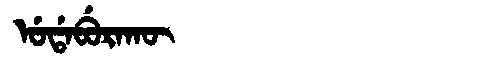
Manchu: ᡠᡩᠠᠪᡠᡵᠠᡴᡡ
Romanization: UDABURAKŪ